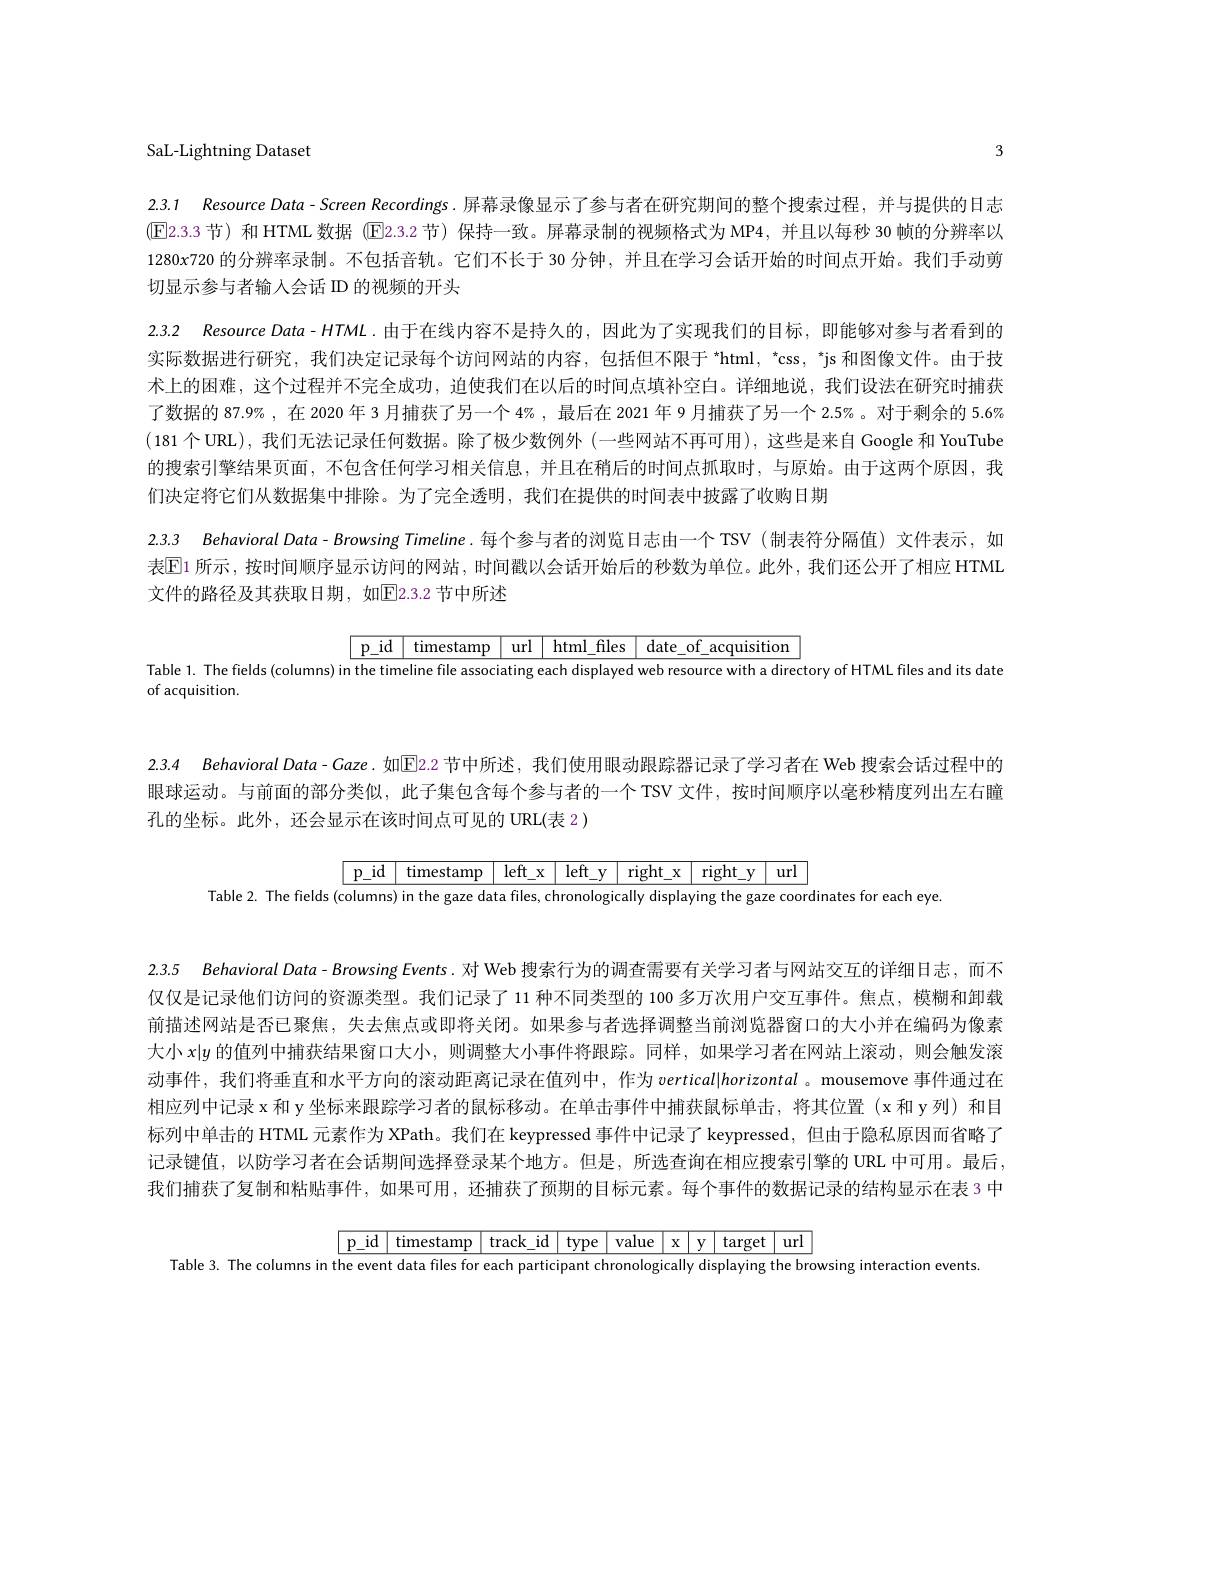
3

SaL-Lightning Dataset

2.3.1 Resource Data-Screen Recordings.屏幕录像显示了参与者在研究期间的整个搜索过程，并与提供的日志(E2.3.3 节)和 HTML 数据 (E2.3.2 节) 保持一致。屏幕录制的视频格式为 MP4,并且以每秒 30 帧的分辨率以$1280x720$的分辨率录制。不包括音轨。它们不长于 30 分钟，并且在学习会话开始的时间点开始。我们手动剪切显示参与者输入会话 D 的视频的开头

2.3.2 Resource Data- HTML.由于在线内容不是持久的，因此为了实现我们的目标，即能够对参与者看到的实际数据进行研究，我们决定记录每个访问网站的内容，包括但不限于 *html, *css, "js 和图像文件。由于技术上的困难，这个过程并不完全成功，迫使我们在以后的时间点填补空白。详细地说，我们设法在研究时捕获了数据的 87.9% , 在 2020 年 3 月捕获了另一个 4% , 最后在 2021 年 9 月捕获了另一个 2.5% 。对于剩余的 5.6% (181个URL),我们无法记录任何数据。除了极少数例外 (一些网站不再可用), 这些是来自 Google 和 YouTube 的搜索引擎结果页面，不包含任何学习相关信息，并且在稍后的时间点抓取时，与原始。由于这两个原因，我们决定将它们从数据集中排除。为了完全透明，我们在提供的时间表中披露了收购日期
2.3.3 Behavioral Data- Browsing Timeline.每个参与者的浏览日志由一个 TSV (制表符分隔值)文件表示，如

表$\mathbb{E}$1 所示，按时间顺序显示访问的网站，时间戳以会话开始后的秒数为单位。此外，我们还公开了相应 HTMI

文件的路径及其获取日期，如[E]2.3.2 节中所述
$$\begin{array}{|c|c|c|c|c|c|c|}\hline\text{p}_\text{id}&\text{timestamp}&\text{url}&\text{html}_\text{files}&\text{date}_\text{of}_\text{acquisition}\\\hline\end{array}$$
Table 1. The fields (columns) in the timeline file associating each displayed web resource with a directory of HTML files and its date

of acquisition.

2.3.4 Behavioral Data- Caze.如[E]2.2 节中所述，我们使用眼动跟踪器记录了学习者在 Web 搜索会话过程中的

眼球运动。与前面的部分类似，此子集包含每个参与者的一个 TSV 文件，按时间顺序以毫秒精度列出左右瞳
孔的坐标。此外，还会显示在该时间点可见的 URL(表 2)

$\boxed{\mathrm{p\_id}\:\text{timestamp}\:\text{left\_x}\:\text{left\_y}\:\text{right\_x}\:\text{right\_y}\:\text{url}}$
Table 2. The fields (columns) in the gaze data files, chronologically displaying the gaze coordinates for each eye

2.3.5 Behavioral Data- Browsing Events. 对 Web 搜索行为的调查需要有关学习者与网站交互的详细日志，而不

仅仅是记录他们访问的资源类型。我们记录了 11 种不同类型的 100 多万次用户交互事件。焦点，模糊和卸载前描述网站是否已聚焦，失去焦点或即将关闭。如果参与者选择调整当前浏览器窗口的大小并在编码为像素大小$x|y$的值列中捕获结果窗口大小，则调整大小事件将跟踪。同样，如果学习者在网站上滚动，则会触发滚动事件，我们将垂直和水平方向的滚动距离记录在值列中，作为 vertical|horizontal。mousemove 事件通过在相应列中记录 x 和 y 坐标来跟踪学习者的鼠标移动。在单击事件中捕获鼠标单击，将其位置 (x 和 y 列) 和目标列中单击的 HTML 元素作为 XPath。我们在 keypressed 事件中记录了 keypressed, 但由于隐私原因而省略了记录键值，以防学习者在会话期间选择登录某个地方。但是，所选查询在相应搜索引擎的 URL 中可用。最后我们捕获了复制和粘贴事件，如果可用，还捕获了预期的目标元素。每个事件的数据记录的结构显示在表 3 中
$$\begin{array}{|c|c|c|c|c|c|c|c|c|}\hline\text{p}_\text{id}&\text{timestamp}&\text{track}_\text{id}&\text{type}&\text{value}&\text{x}&\text{y}&\text{target}&\text{url}\\\hline\end{array}$$
Table 3. The columns in the event data files for each participant chronologically displaying the browsing interaction events